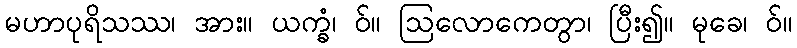
မဟာပုရိသဿ၊ အား။ ယက္ခံ၊ ဝ်။ ဩလောကေတွာ၊ ပြီး၍။ မုခေ၊ ဝ်။